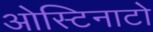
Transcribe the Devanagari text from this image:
ओस्टिनाटो